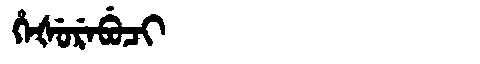
Manchu: ᡥᡝᡧᡠᡵᡝᠪᡠᠴᡳ
Romanization: HEŠUREBUCI